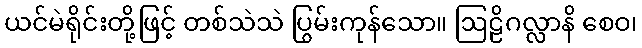
ယင်မဲရိုင်းတို့ဖြင့် တစ်သဲသဲ ပြွမ်းကုန်သော။ ဩဠိဂလ္လာနိ စေဝ၊